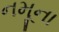
નમૂના